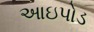
આઇપોડ